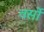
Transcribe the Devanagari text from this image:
वर्सो